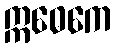
ဣဓေကေ